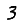
Digit: 3